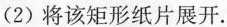
(2)将该矩形纸片展开。